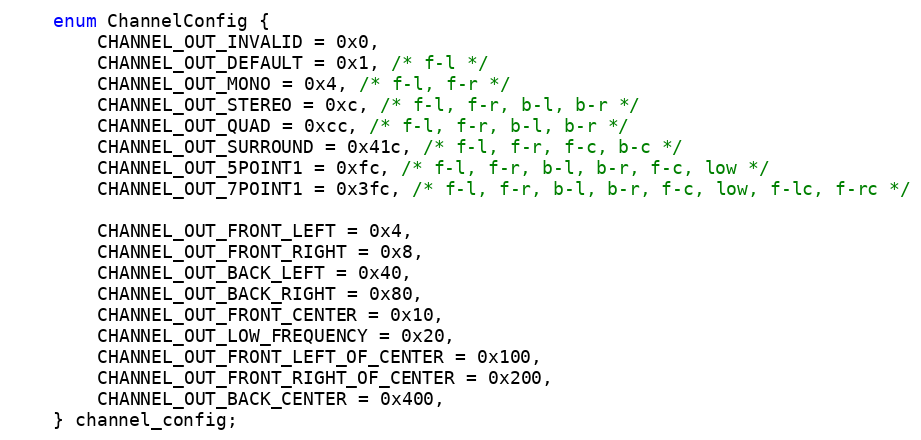
Language: C
    enum ChannelConfig {
        CHANNEL_OUT_INVALID = 0x0,
        CHANNEL_OUT_DEFAULT = 0x1, /* f-l */
        CHANNEL_OUT_MONO = 0x4, /* f-l, f-r */
        CHANNEL_OUT_STEREO = 0xc, /* f-l, f-r, b-l, b-r */
        CHANNEL_OUT_QUAD = 0xcc, /* f-l, f-r, b-l, b-r */
        CHANNEL_OUT_SURROUND = 0x41c, /* f-l, f-r, f-c, b-c */
        CHANNEL_OUT_5POINT1 = 0xfc, /* f-l, f-r, b-l, b-r, f-c, low */
        CHANNEL_OUT_7POINT1 = 0x3fc, /* f-l, f-r, b-l, b-r, f-c, low, f-lc, f-rc */

        CHANNEL_OUT_FRONT_LEFT = 0x4,
        CHANNEL_OUT_FRONT_RIGHT = 0x8,
        CHANNEL_OUT_BACK_LEFT = 0x40,
        CHANNEL_OUT_BACK_RIGHT = 0x80,
        CHANNEL_OUT_FRONT_CENTER = 0x10,
        CHANNEL_OUT_LOW_FREQUENCY = 0x20,
        CHANNEL_OUT_FRONT_LEFT_OF_CENTER = 0x100,
        CHANNEL_OUT_FRONT_RIGHT_OF_CENTER = 0x200,
        CHANNEL_OUT_BACK_CENTER = 0x400,
    } channel_config;